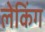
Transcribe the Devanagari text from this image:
लेकिंग